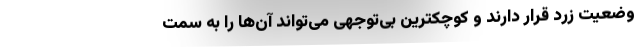
وضعیت زرد قرار دارند و کوچکترین بی‌توجهی می‌تواند آن‌ها را به سمت